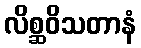
လိစ္ဆဝိသတာနံ